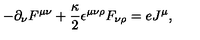
- \partial _ { \nu } F ^ { \mu \nu } + \frac { \kappa } { 2 } { \epsilon } ^ { \mu \nu \rho } F _ { \nu \rho } = e J ^ { \mu } ,